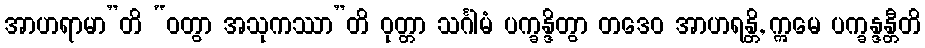
အာဟရာမာ”တိ “ဝတွာ အသုကဿာ”တိ ဝုတ္တာ သင်္ဂါမံ ပက္ခန္ဒိတွာ တဒေဝ အာဟရန္တိ, ဣမေ ပက္ခန္ဒန္တီတိ